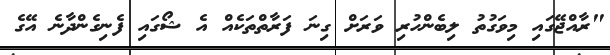
"ރާއްޖޭގައި މިވަގުތު ލިބެންހުރި ވަރަށް ގިނަ ފަރާތްތަކެއް އެ ޝޯގައި ފެނިގެންދާނެ އޭގެ